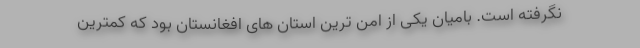
نگرفته‌ است. بامیان یکی از امن ترین استان های افغانستان بود که کمترین